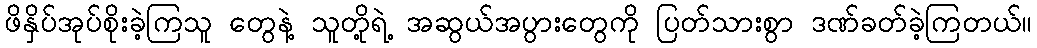
ဖိနှိပ်အုပ်စိုးခဲ့ကြသူ တွေနဲ့ သူတို့ရဲ့ အဆွယ်အပွားတွေကို ပြတ်သားစွာ ဒဏ်ခတ်ခဲ့ကြတယ်။